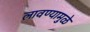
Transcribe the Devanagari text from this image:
लावण्यामुळे